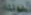
الجونة